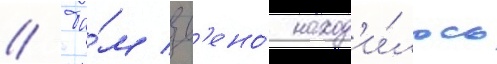
// Та́м зв'ено́ наход'и́лось